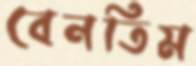
বেনতিম